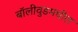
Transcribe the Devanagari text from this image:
बॉलीवुडमधील